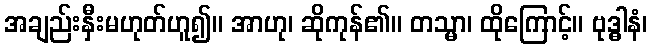
အချည်းနှီးမဟုတ်ဟူ၍။ အာဟု၊ ဆိုကုန်၏။ တသ္မာ၊ ထိုကြောင့်။ ဗုဒ္ဓါနံ၊